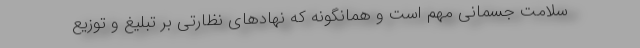
سلامت جسمانی مهم است و همانگونه که نهادهای نظارتی بر تبلیغ و توزیع